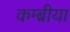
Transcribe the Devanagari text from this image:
कम्ब्रीया